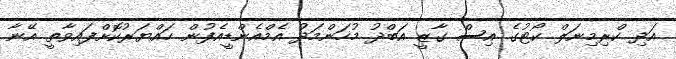
އަދި ކްރިމިނަލް ކޯޓުގެ އިސް ގާޒީ އަބްދު މުހަންމަދު އެމްއެންޑީއެފުން ހައްޔަރުކޮށްފައިވާތީ އޭނާ